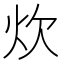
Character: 炊